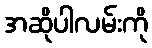
အဆိုပါလမ်းကို